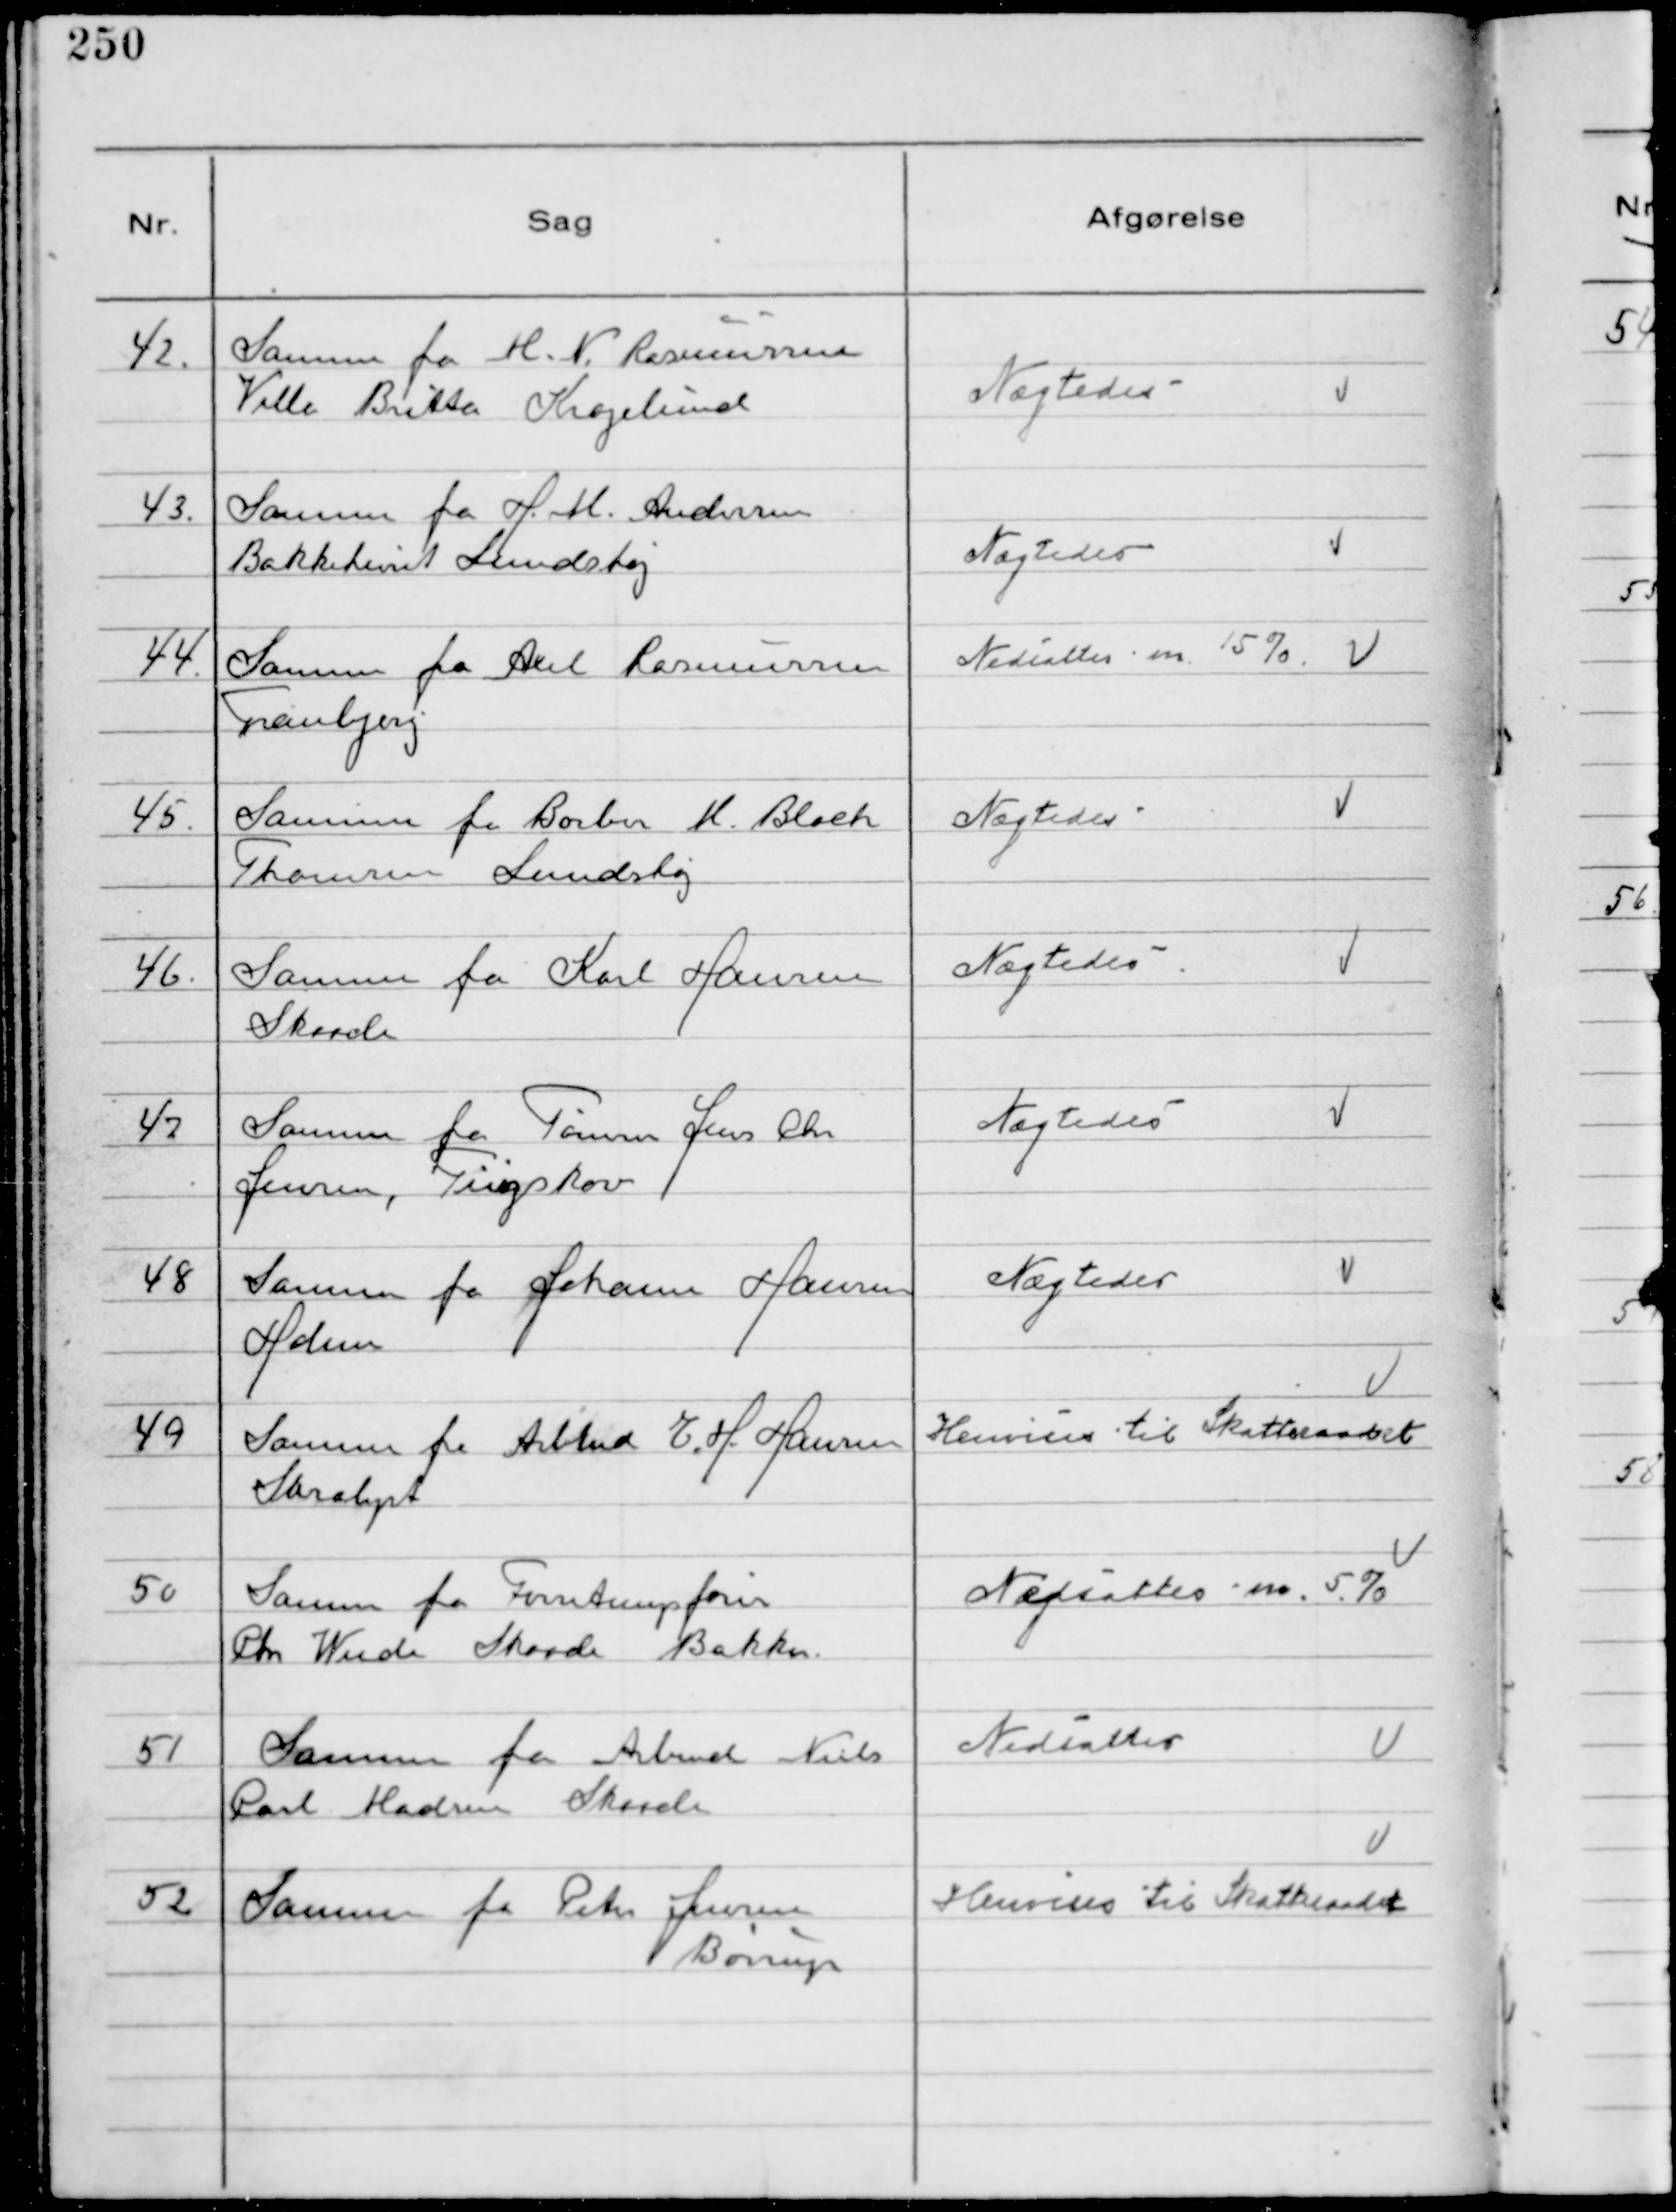
Transskription:
42.
Samme fra M. N. Rasmussen
Villa Britta Kragelund

Nægtedes

43.
Samme fra H. M. Andersen
Bakkehuset Lundshøj

Nægtedes

44.
Samme fra Axel Rasmussen
Tranbjerg

Nedsattes m. 15%

45.
Samme fra Barber M. Bloch
Thomsen Lundshøj

Nægtedes

46.
Samme fra Karl Hansen
 Skaade

Nægtedes

47
Samme fra Tømrer Jens Chr
Jensen, Tingskov

Nægtedes

48
Samme fra Johanne Hansen
Holme

Nægtedes

49
Samme fra Arbmd E. H. Hansen
Saralyst

Henvises til Skatteraadet

50
Samme fra Forretningsfører
Chr Weide Skaade Bakker.

Nedsattes m. 5%

51
Samme fra Arbmd Niels
Carl Madsen Skaade

Nedsattes

52
Samme fra Peter Jensen
Børrup

Henvises til Skatteraadet